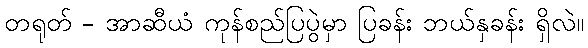
တရုတ် - အာဆီယံ ကုန်စည်ပြပွဲမှာ ပြခန်း ဘယ်နှခန်း ရှိလဲ။